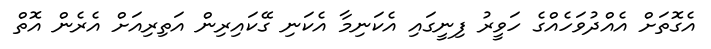
އެގޮތަށް އެއްދުވަހެއްގެ ހަވީރު ފިނީގައި އެކަނިމާ އެކަނި ގޭކައިރިން އަތިރިއަށް އެރެން އޮތް